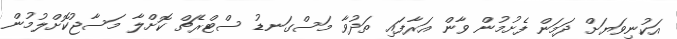
އަކުނިވަޔަށް ދަމަން ފެށުމުން ވާން އަރާފައި ތަދުވާ މަސްގަނޑު ސްޓްރެޗް ކޮށްލާ މަސާޖުކޮށްލުމުން